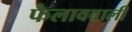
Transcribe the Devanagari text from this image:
फैलाववाली